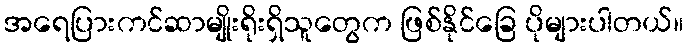
အရေပြားကင်ဆာမျိုးရိုးရှိသူတွေက ဖြစ်နိုင်ခြေ ပိုများပါတယ်။